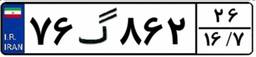
۷۶گ۸۶۲۲۶